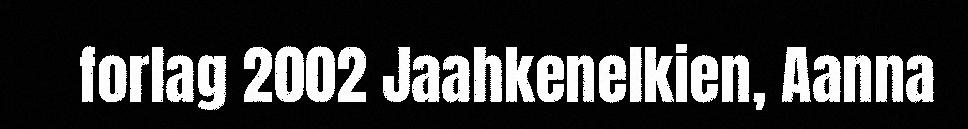
forlag 2002 Jaahkenelkien, Aanna